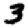
Digit: 3